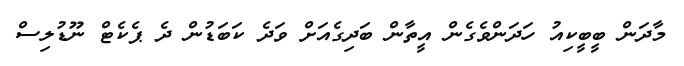
މާދަން ބީބީކިއު ހަދަންވެގެން އީތާން ބަދިގެއަށް ވަދެ ކަބަޑުން ދެ ޕެކެޓް ނޫޑުލިސް